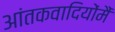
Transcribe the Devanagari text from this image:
आंतकवादियोंमैं